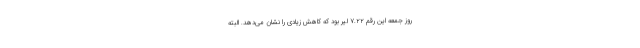
روز جمعه این رقم ۷.۲۲ لیر بود که کاهش زیادی را نشان می‌دهد. البته